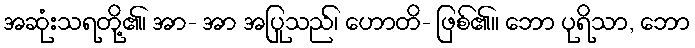
အဆုံးသရတို့၏၊ အာ- အာ အပြုသည်၊ ဟောတိ- ဖြစ်၏။ ဘော ပုရိသာ, ဘော